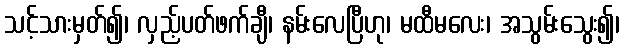
သင့်သားမှတ်၍၊ လှည့်ပတ်ဖက်ချီ၊ နမ်းလေပြီဟု၊ မထီမလေး၊ အသွမ်းသွေး၍၊